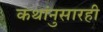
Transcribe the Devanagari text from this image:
कथांनुसारही